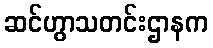
ဆင်ဟွာသတင်းဌာနက